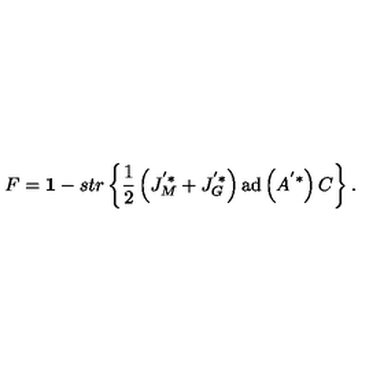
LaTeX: F = { { \bf 1 } } - s t r \left\{ \frac { 1 } { 2 } \left( J _ { M } ^ { ' * } + J _ { G } ^ { ' * } \right) \mathrm { a d } \left( A ^ { ' * } \right) C \right\} .